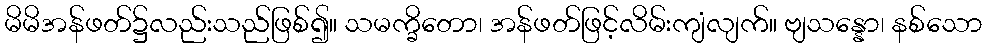
မိမိအန်ဖတ်၌လည်းသည်ဖြစ်၍။ သမက္ခိတော၊ အန်ဖတ်ဖြင့်လိမ်းကျံလျက်။ ဗျသန္နော၊ နစ်သော